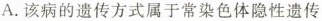
A.该病的遗传方式属于常染色体隐性遗传